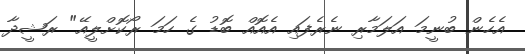
އެހެން ބުނީމަ އަލަމާރި ނެރެފައި އެއޮއް ބޮޑު ގެ ހަމަ ރޯކޮށްލީއޭ" ރަޝީދާ